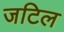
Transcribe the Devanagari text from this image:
जटिल